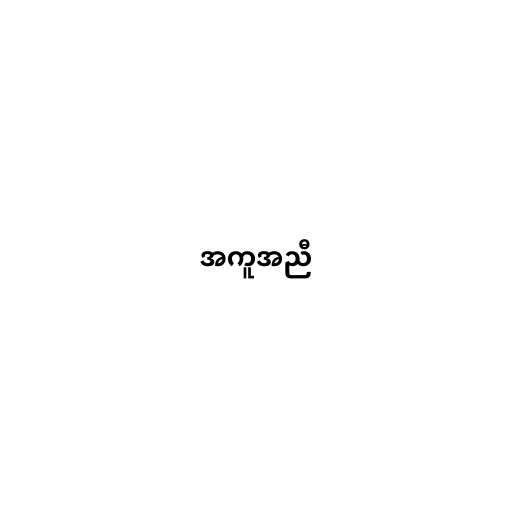
အကူအညီ